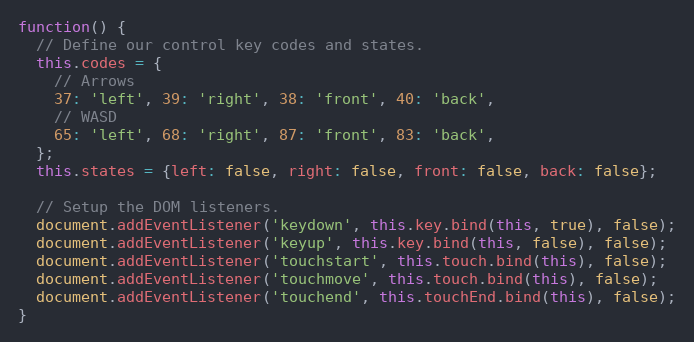
Language: JavaScript
function() {
  // Define our control key codes and states.
  this.codes = {
    // Arrows
    37: 'left', 39: 'right', 38: 'front', 40: 'back',
    // WASD
    65: 'left', 68: 'right', 87: 'front', 83: 'back',
  };
  this.states = {left: false, right: false, front: false, back: false};

  // Setup the DOM listeners.
  document.addEventListener('keydown', this.key.bind(this, true), false);
  document.addEventListener('keyup', this.key.bind(this, false), false);
  document.addEventListener('touchstart', this.touch.bind(this), false);
  document.addEventListener('touchmove', this.touch.bind(this), false);
  document.addEventListener('touchend', this.touchEnd.bind(this), false);
}